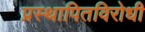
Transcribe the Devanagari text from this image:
प्रस्थापितविरोधी